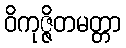
ဝိကုဇ္ဇိတမတ္တာ